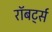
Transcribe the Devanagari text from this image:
रॉबर्ट्‍स